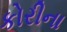
કોરીના